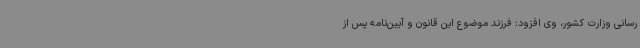
رسانی وزارت کشور، وی افزود: فرزند موضوع این قانون و آیین‌نامه پس از